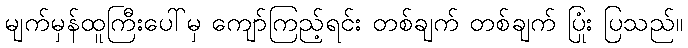
မျက်မှန်ထူကြီးပေါ်မှ ကျော်ကြည့်ရင်း တစ်ချက် တစ်ချက် ပြုံး ပြသည်။